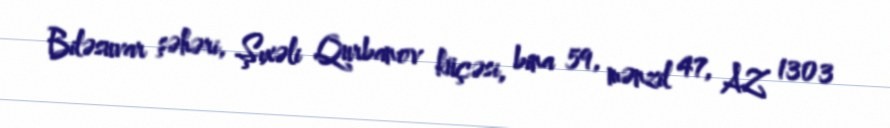
Biləsuvar şəhəri, Şıxəli Qurbanov küçəsi, bina 59, mənzil 47, AZ 1303